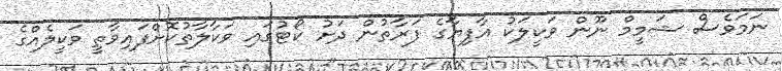
ނަމަވެސް ޝަމީމް ނޫން ވަކީލަކު އާފިޔާގެ ފަރާތުން ދަށު ކޯޓުގައި ވަކާލާތުކޮށްފައިވާތީ ވަކީލެއްގެ